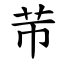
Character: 䒥